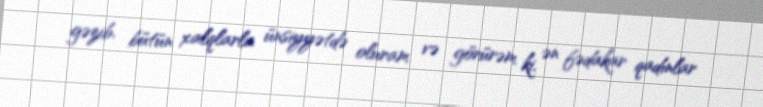
gəzib, bütün xalqlarla ünsiyyətdə oluram və görürəm ki, ən fədakar qadınlar